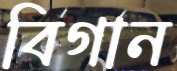
বিগান